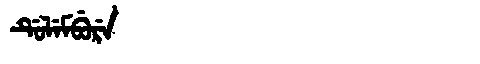
Manchu: ᡩᡠᠯᡝᠮᠪᡠᡵᡝ
Romanization: DULEMBURE